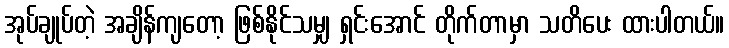
အုပ်ချုပ်တဲ့ အချိန်ကျတော့ ဖြစ်နိုင်သမျှ ရှင်းအောင် တိုက်တာမှာ သတိပေး ထားပါတယ်။